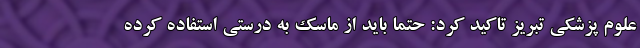
علوم پزشکی تبریز تاکید کرد: حتما باید از ماسک به درستی استفاده کرده